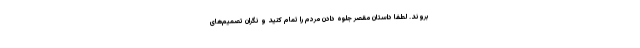
بروند. لطفا داستان مقصر جلوه دادن مردم را تمام کنید و نگران تصمیم‌های